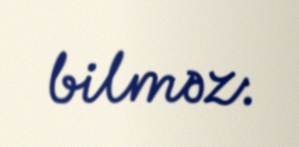
bilməz.